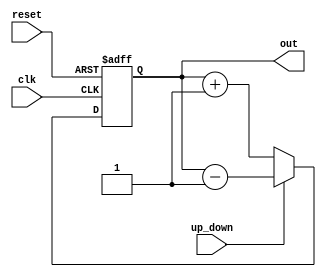
module up_down_counter(
  input clk, reset, up_down,
  output reg [3:0] out
);
  
  always @(posedge clk or posedge reset) begin
    
    if (reset)
      out <= 4'h0;
  
    else if (~up_down)
    out <= out + 1;
    
    else
    out <= out - 1;
  
  end
  
endmodule